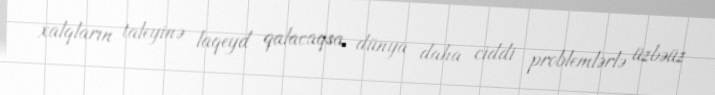
xalqların taleyinə laqeyd qalacaqsa, dünya daha ciddi problemlərlə üzbəüz